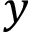
y